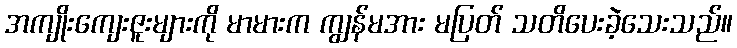
အကျိုးကျေးဇူးများကို မာမားက ကျွန်မအား မပြတ် သတိပေးခဲ့သေးသည်။